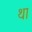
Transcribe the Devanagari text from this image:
था